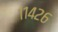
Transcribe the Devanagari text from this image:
११४२६